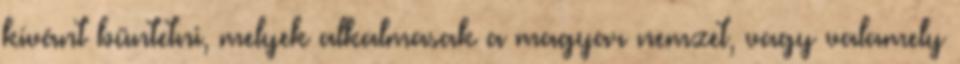
kívánt büntetni, melyek alkalmasak a magyar nemzet, vagy valamely